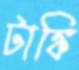
টাঙ্কি